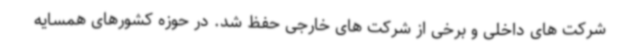
شرکت های داخلی و برخی از شرکت های خارجی حفظ شد. در حوزه کشورهای همسایه